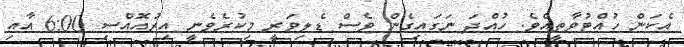
އެކަން ހުއްޓުވާތީއެވެ. ހުއްދަ ނަގައިގެން ވެސް ޑެލިވަރީ މިކުރެވެނީ އިރުއޮއްސި 6:00 އާއި